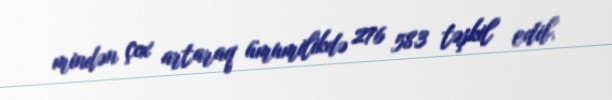
mindən çox artaraq ümumilikdə 276 583 təşkil edib.